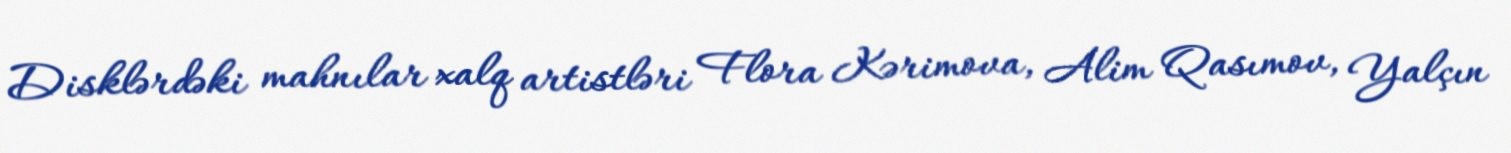
Disklərdəki mahnılar xalq artistləri Flora Kərimova, Alim Qasımov, Yalçın